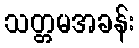
သတ္တမအခန်း